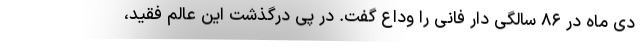
دی ماه در ۸۶ سالگی دار فانی را وداع گفت. در پی درگذشت این عالم فقید،